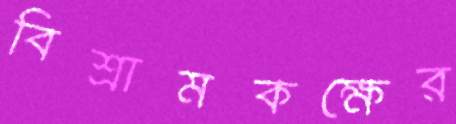
বিশ্রামকক্ষের